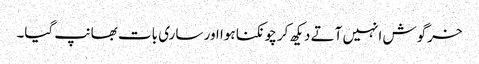
خرگوش انہیں آتے دیکھ کر چونکنا ہوا اور ساری بات بھانپ گیا۔